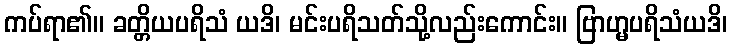
ကပ်ရာ၏။ ခတ္တိယပရိသံ ယဒိ၊ မင်းပရိသတ်သို့လည်းကောင်း။ ဗြာဟ္မပရိသံယဒိ၊